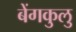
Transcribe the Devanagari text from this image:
बेंगकुलु